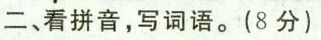
二、看拼音，写词语。(8分)